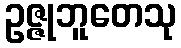
ဥဇ္ဇုဘူတေသု